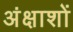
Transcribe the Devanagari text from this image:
अंक्षाशों